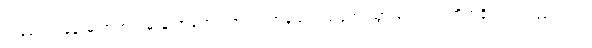
ကံမော်ရဲစခန်းမှ အတွက်မှာမူ အရောင်းအဝယ်အနည်းငယ်အေးသွားကြောင်း တိုက်ခိုက်ကြသည်လည်း